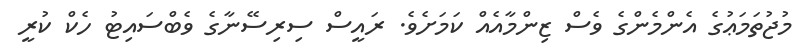
މުޖުތަމަޢުގެ އެންމެންގެ ވެސް ޒިންމާއެއް ކަމަށެވެ. ރައީސް ސިރިސޭނާގެ ވެބްސައިޓު ހެކް ކުރީ